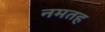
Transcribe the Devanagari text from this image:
नमतह